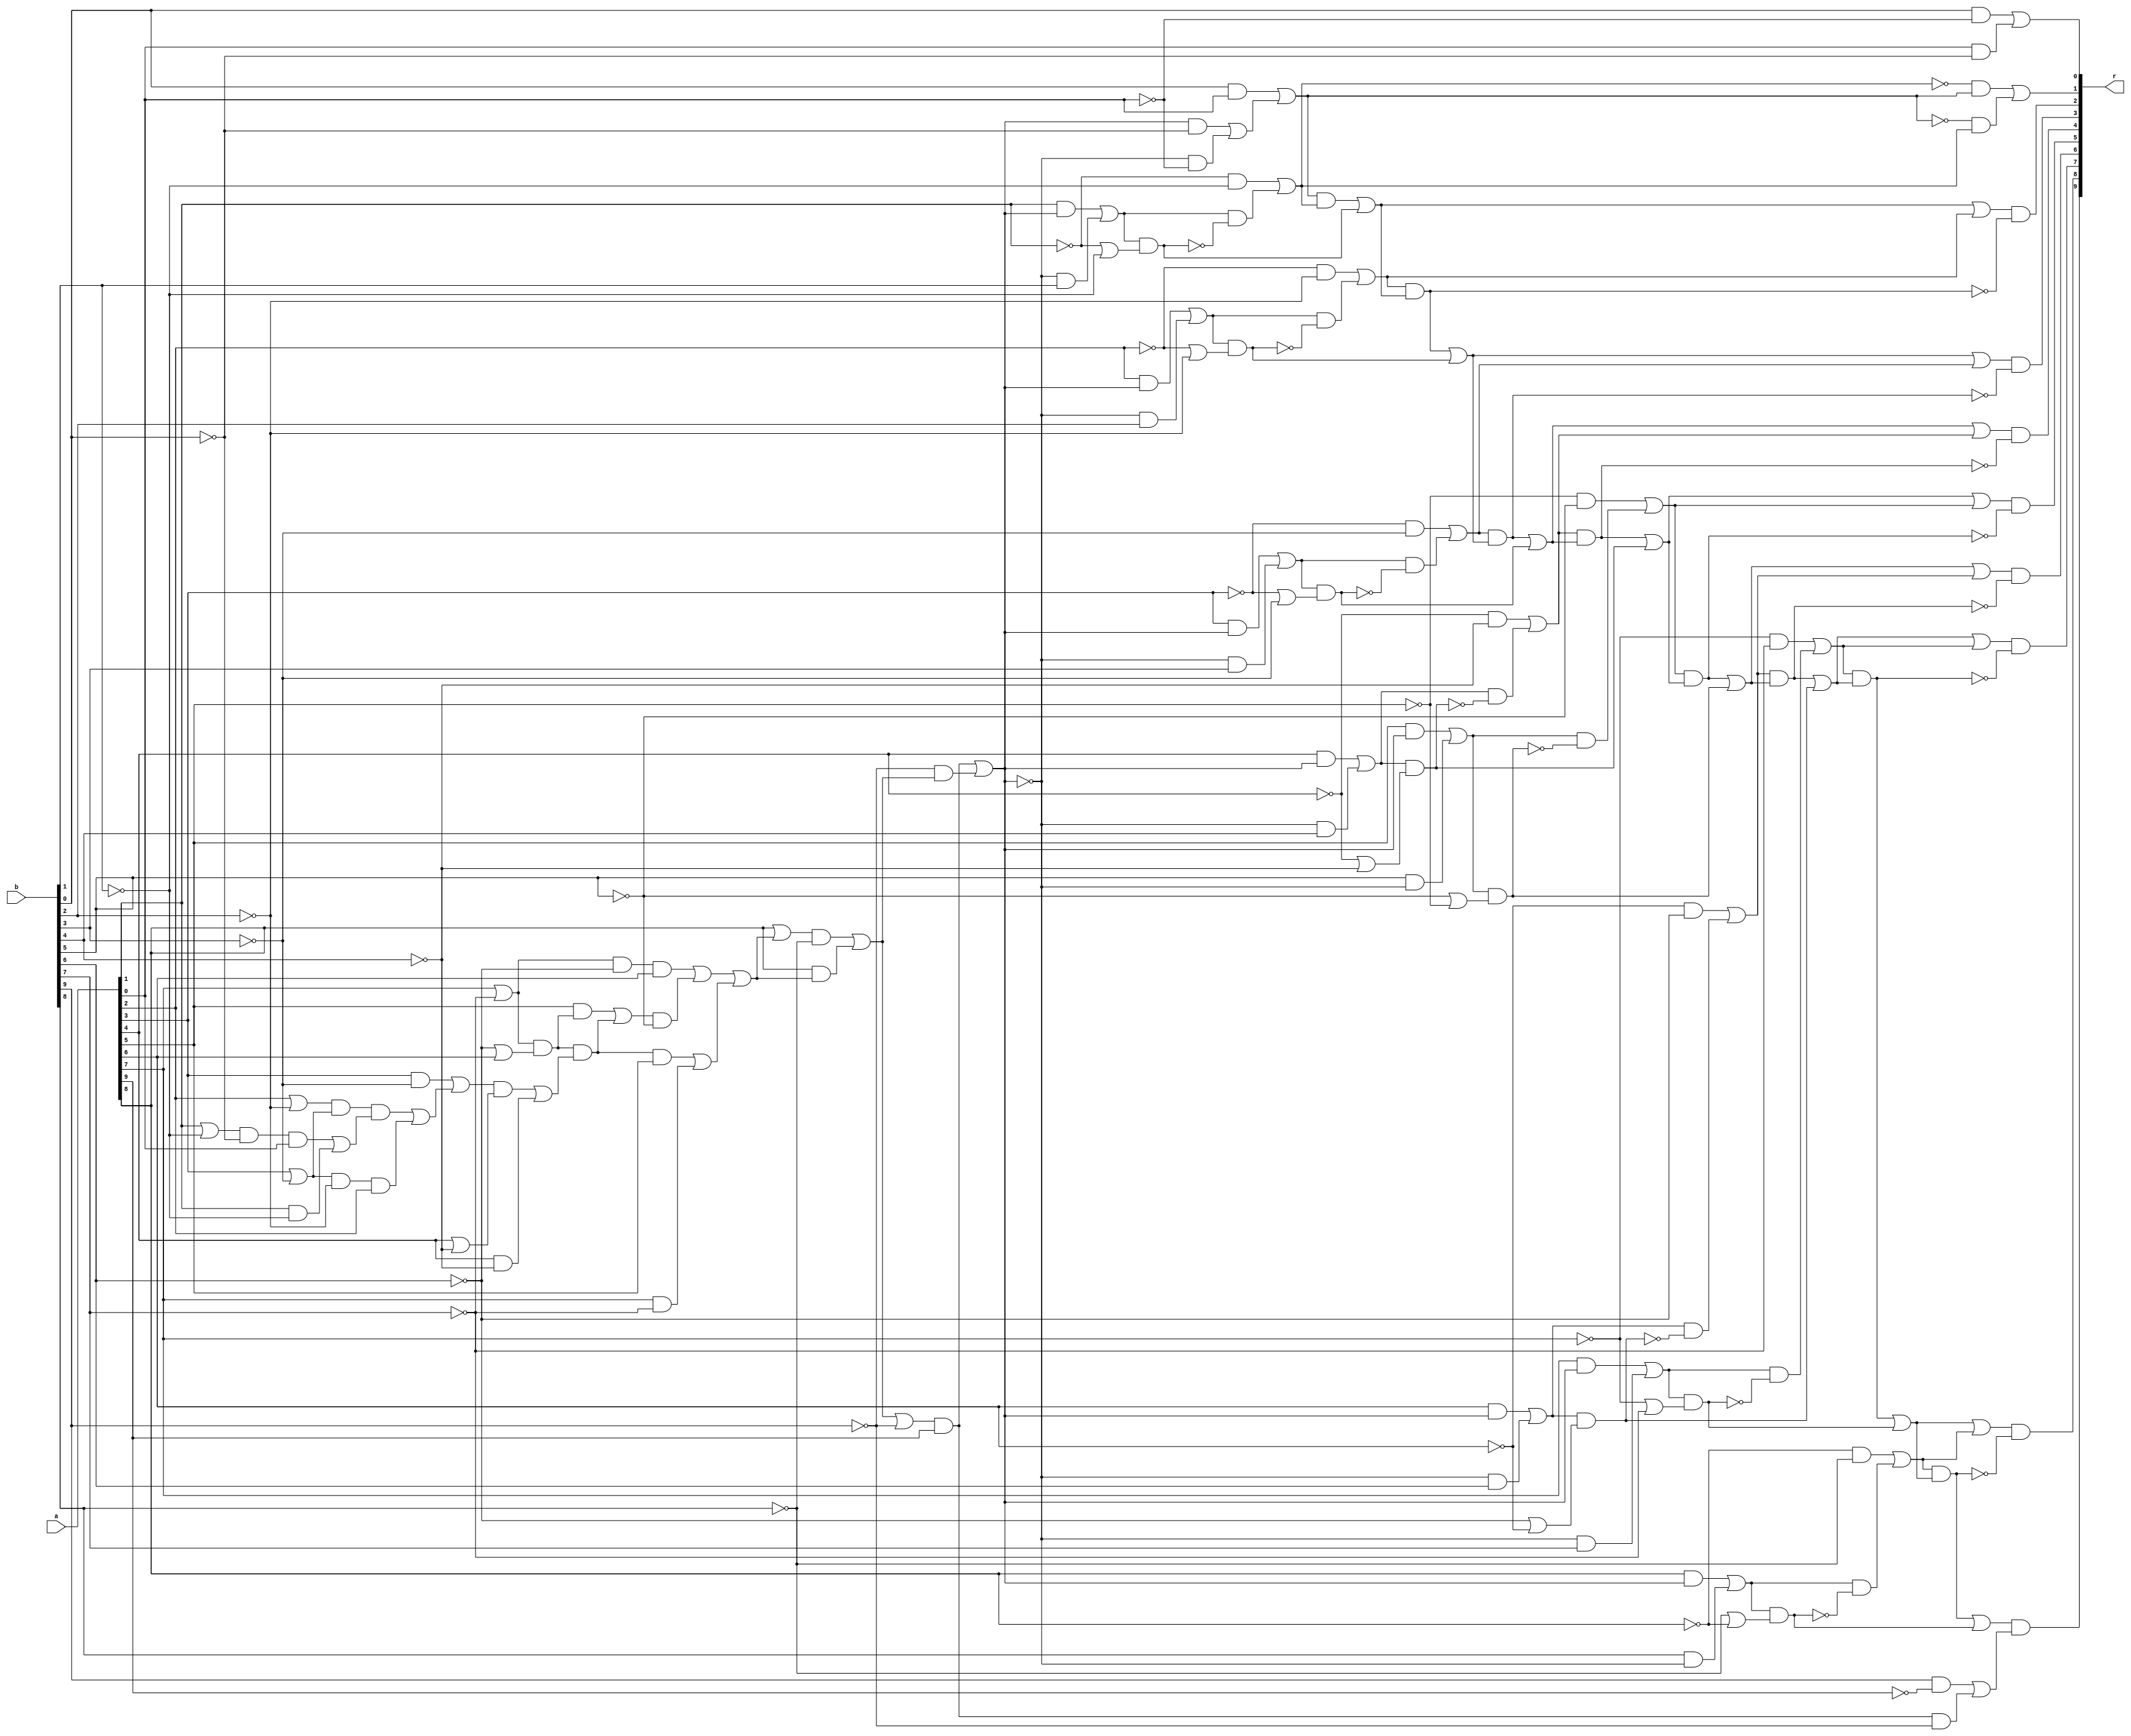
/////////////////////////////////////////////////////////////
// Version   : K-2015.06-SP5
/////////////////////////////////////////////////////////////


module circ ( a, b, r );
  input [9:0] a;
  input [9:0] b;
  output [9:0] r;
  wire   n264, n265, n266, n267, n268, n269, n270, n271, n272, n273, n274,
         n275, n276, n277, n278, n279, n280, n281, n283, n284, n285, n286,
         n287, n288, n289, n290, n291, n292, n293, n294, n295, n296, n297,
         n298, n299, n300, n301, n302, n303, n304, n305, n306, n307, n308,
         n309, n310, n311, n312, n313, n314, n315, n316, n317, n318, n319,
         n320, n321, n322, n323, n324, n325, n326, n327, n328, n329, n330,
         n331, n332, n333, n334, n335, n336, n337, n338, n339, n340, n341,
         n342, n343, n344, n345, n346, n347, n348, n349, n350, n351, n352,
         n353, n354, n355, n356, n357, n358, n359, n360, n361, n362, n363,
         n364, n365, n366, n367, n368, n369, n370, n371, n372, n373, n374,
         n375, n376, n377, n378, n379, n380, n381, n382, n383, n384, n385,
         n386, n387, n388, n389, n390, n391, n392, n393, n394, n395, n396,
         n397, n398, n399, n400, n401, n402, n403, n404, n405, n406, n407,
         n408, n409, n410, n411, n412, n413, n414, n415, n416, n417, n418,
         n419, n420, n421, n422, n423, n424, n425, n426, n427, n428, n429,
         n430, n431, n432, n433, n434, n435, n436, n437, n438, n439, n440,
         n450;

assign n264 = ~a[9];
assign n265 = ~n307;
assign n266 = ~n336;
assign n267 = ~n349;
assign n268 = ~n332;
assign n269 = ~n350;
assign n270 = ~n328;
assign n271 = ~n351;
assign n272 = ~n324;
assign n273 = ~n352;
assign n274 = ~n320;
assign n275 = ~n353;
assign n276 = ~n316;
assign n277 = ~n354;
assign n278 = ~n314;
assign n279 = ~n313;
assign n280 = ~n356;
assign n281 = ~n308;
assign n283 = ~a[8];
assign n284 = ~a[7];
assign n285 = ~a[6];
assign n286 = ~a[5];
assign n287 = ~a[4];
assign n288 = ~a[3];
assign n289 = ~a[2];
assign n290 = ~a[1];
assign n291 = ~a[0];
assign n292 = ~b[9];
assign n293 = ~b[8];
assign n294 = ~b[7];
assign n295 = ~b[6];
assign n296 = ~b[5];
assign n297 = ~b[4];
assign n298 = ~b[3];
assign n299 = ~b[2];
assign n300 = ~b[1];
assign n301 = ~b[0];
assign r[9] = n302 & n303;
assign n303 = n304 | n305;
assign n305 = n306 & n292;
assign n304 = b[9] & n264;
assign n302 = n307 | n308;
assign r[0] = n309 | n310;
assign n310 = a[0] & n301;
assign n309 = b[0] & n291;
assign r[1] = n311 | n312;
assign n312 = n278 & n313;
assign n311 = n279 & n314;
assign r[2] = n315 & n276;
assign n315 = n317 | n318;
assign r[3] = n319 & n274;
assign n319 = n321 | n322;
assign r[4] = n323 & n272;
assign n323 = n325 | n326;
assign r[5] = n327 & n270;
assign n327 = n329 | n330;
assign r[6] = n331 & n268;
assign n331 = n333 | n334;
assign r[7] = n335 & n266;
assign n335 = n337 | n338;
assign r[8] = n339 & n265;
assign n307 = n340 & n341;
assign n339 = n341 | n340;
assign n340 = n342 | n343;
assign n343 = n344 & n281;
assign n308 = n344 & n345;
assign n345 = n293 | n283;
assign n344 = n346 | n347;
assign n347 = b[8] & n450;
assign n346 = a[8] & n348;
assign n342 = n283 & n293;
assign n341 = n336 | n349;
assign n336 = n338 & n337;
assign n337 = n332 | n350;
assign n332 = n334 & n333;
assign n333 = n328 | n351;
assign n328 = n330 & n329;
assign n329 = n324 | n352;
assign n324 = n326 & n325;
assign n325 = n320 | n353;
assign n320 = n322 & n321;
assign n321 = n316 | n354;
assign n316 = n318 & n317;
assign n317 = n355 | n356;
assign n355 = n314 & n313;
assign n313 = n357 | n358;
assign n358 = n359 & n280;
assign n356 = n359 & n360;
assign n360 = n290 | n300;
assign n359 = n361 | n362;
assign n362 = n450 & b[1];
assign n361 = a[1] & n348;
assign n357 = n290 & n300;
assign n314 = n363 | n364;
assign n364 = n365 | n366;
assign n366 = n450 & n291;
assign n365 = n348 & n301;
assign n363 = b[0] & a[0];
assign n318 = n367 | n368;
assign n368 = n369 & n277;
assign n354 = n369 & n370;
assign n370 = n289 | n299;
assign n369 = n371 | n372;
assign n372 = n450 & b[2];
assign n371 = a[2] & n348;
assign n367 = n289 & n299;
assign n322 = n373 | n374;
assign n374 = n375 & n275;
assign n353 = n375 & n376;
assign n376 = n288 | n298;
assign n375 = n377 | n378;
assign n378 = n450 & b[3];
assign n377 = a[3] & n348;
assign n373 = n288 & n298;
assign n326 = n379 | n380;
assign n380 = n381 & n273;
assign n352 = n381 & n382;
assign n382 = n287 | n297;
assign n381 = n383 | n384;
assign n384 = n450 & b[4];
assign n383 = a[4] & n348;
assign n379 = n287 & n297;
assign n330 = n385 | n386;
assign n386 = n387 & n271;
assign n351 = n387 & n388;
assign n388 = n296 | n286;
assign n387 = n389 | n390;
assign n390 = b[5] & n450;
assign n389 = a[5] & n348;
assign n385 = n286 & n296;
assign n334 = n391 | n392;
assign n392 = n393 & n269;
assign n350 = n393 & n394;
assign n394 = n295 | n285;
assign n393 = n395 | n396;
assign n396 = n450 & b[6];
assign n395 = a[6] & n348;
assign n391 = n285 & n295;
assign n338 = n397 | n398;
assign n398 = n399 & n267;
assign n349 = n399 & n400;
assign n400 = n284 | n294;
assign n399 = n401 | n402;
assign n402 = n450 & b[7];
assign n401 = a[7] & n348;
assign n348 = n306 | n403;
assign n403 = n292 & n404;
assign n306 = n405 & a[9];
assign n405 = n404 | n292;
assign n404 = n406 | n407;
assign n407 = a[8] & n408;
assign n406 = n409 & n293;
assign n409 = a[8] | n408;
assign n408 = n410 | n411;
assign n411 = n412 | n413;
assign n413 = a[7] & n294;
assign n412 = n414 & a[5];
assign n410 = n415 | n416;
assign n416 = n417 & n296;
assign n417 = n418 | n414;
assign n414 = n419 & n420;
assign n420 = n421 | n422;
assign n422 = a[4] & n297;
assign n421 = n423 & n424;
assign n424 = a[4] | n297;
assign n423 = n425 | n426;
assign n426 = n427 | n428;
assign n428 = n429 & a[2];
assign n429 = n430 & n299;
assign n427 = n431 & n432;
assign n432 = n433 | n434;
assign n434 = a[1] & n300;
assign n433 = n435 & a[0];
assign n435 = n436 & n301;
assign n436 = a[1] | n300;
assign n431 = n437 & n430;
assign n430 = a[3] | n298;
assign n437 = a[2] | n299;
assign n425 = a[3] & n298;
assign n418 = a[5] & n419;
assign n419 = n438 & n439;
assign n439 = n295 | a[6];
assign n415 = n440 & a[6];
assign n440 = n438 & n295;
assign n438 = a[7] | n294;
assign n397 = n284 & n294;
assign n450 = ~n348;
endmodule